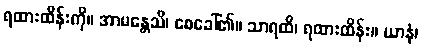
ရထားထိန်းကို။ အာမန္တေသိ၊ စေခေါ်၏။ သာရထိ၊ ရထားထိန်း။ ယာနံ၊